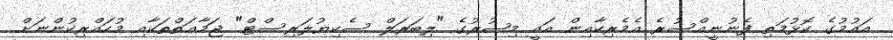
އައުމުގެ ކޮޅުމަތި ފެނުނީއްސުރެ އެމެރިކާއިން އައީ މިޞުރުގެ "ލިބަރަލް ސެކިޔުލަރިސްޓް" ޖަމާޢަތްތަކާއި މުހައްރިކުންނަށް